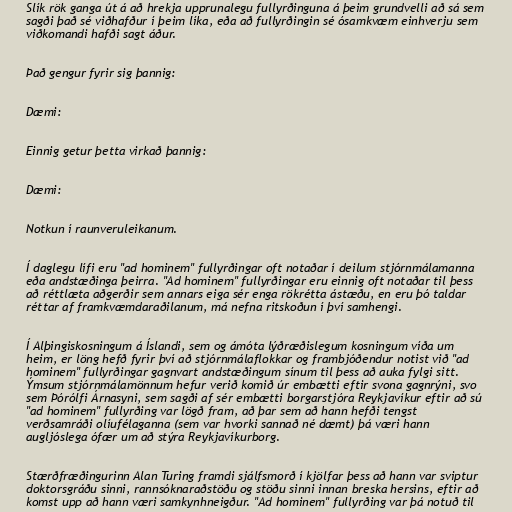
Slík rök ganga út á að hrekja upprunalegu fullyrðinguna á þeim grundvelli að sá sem
sagði það sé viðhafður í þeim líka, eða að fullyrðingin sé ósamkvæm einhverju sem
viðkomandi hafði sagt áður.

Það gengur fyrir sig þannig:

Dæmi:

Einnig getur þetta virkað þannig:

Dæmi:

Notkun í raunveruleikanum.

Í daglegu lífi eru "ad hominem" fullyrðingar oft notaðar í deilum stjórnmálamanna
eða andstæðinga þeirra. "Ad hominem" fullyrðingar eru einnig oft notaðar til þess
að réttlæta aðgerðir sem annars eiga sér enga rökrétta ástæðu, en eru þó taldar
réttar af framkvæmdaraðilanum, má nefna ritskoðun í því samhengi.

Í Alþingiskosningum á Íslandi, sem og ámóta lýðræðislegum kosningum víða um
heim, er löng hefð fyrir því að stjórnmálaflokkar og frambjóðendur notist við "ad
hominem" fullyrðingar gagnvart andstæðingum sínum til þess að auka fylgi sitt.
Ýmsum stjórnmálamönnum hefur verið komið úr embætti eftir svona gagnrýni, svo
sem Þórólfi Árnasyni, sem sagði af sér embætti borgarstjóra Reykjavíkur eftir að sú
"ad hominem" fullyrðing var lögð fram, að þar sem að hann hefði tengst
verðsamráði olíufélaganna (sem var hvorki sannað né dæmt) þá væri hann
augljóslega ófær um að stýra Reykjavíkurborg.

Stærðfræðingurinn Alan Turing framdi sjálfsmorð í kjölfar þess að hann var sviptur
doktorsgráðu sinni, rannsóknaraðstöðu og stöðu sinni innan breska hersins, eftir að
komst upp að hann væri samkynhneigður. "Ad hominem" fullyrðing var þá notuð til